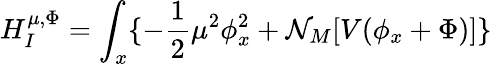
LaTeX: H_{I}^{\mu,\Phi}=\int_{x}\{ -{\frac{1}{2}}\mu^{2}\phi_{x}^{2}+{\cal N}_{M}[V(\phi_{x}+\Phi)]\}